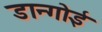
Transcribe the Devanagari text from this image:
डान्गोई